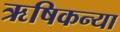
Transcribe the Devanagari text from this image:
ऋषिकन्या